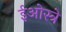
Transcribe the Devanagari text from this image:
ईओस्त्रे